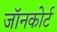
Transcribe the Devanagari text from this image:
जॉनकोर्ट